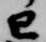
巳